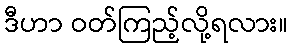
ဒီဟာ ဝတ်ကြည့်လို့ရလား။